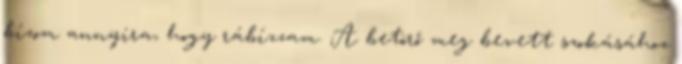
bízom annyira, hogy rábízzam. A betörő meg bevett szokásához